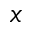
{ _ x }